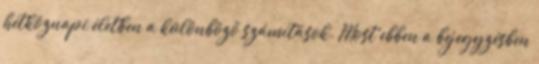
hétköznapi életben a különböző számítások. Most ebben a bejegyzésben